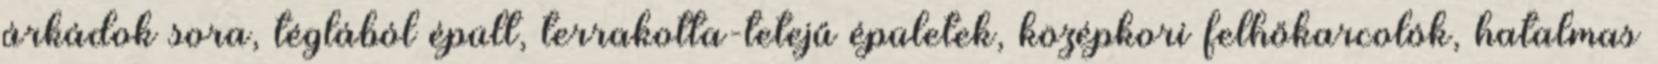
árkádok sora, téglából épült, terrakotta-tetejű épületek, középkori felhőkarcolók, hatalmas